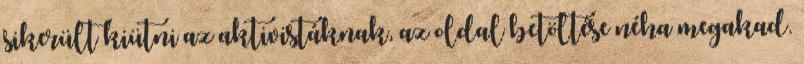
sikerült kiütni az aktivistáknak, az oldal betöltése néha megakad.